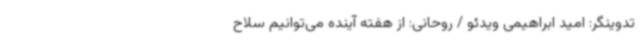
تدوینگر: امید ابراهیمی ویدئو / روحانی: از هفته آینده می‌توانیم سلاح